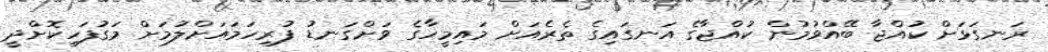
ރަނގަޅަށް ކުއްޖާ ބޭއްވުމުން ކުއްޖާގެ އަނގައިގެ ތެރެއަށް މައިމީހާގެ ވަށްގަނޑު ފުރިހަމައަށްލުމަށް މަގުފަހިކޮށްދީ